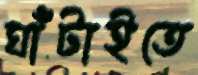
ঘাঁটাইতে